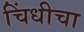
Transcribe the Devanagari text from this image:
चिंधीचा